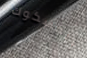
المشكوك